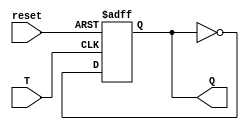
module t_ff(input T, input reset, output reg Q);
  always @ (posedge T or posedge reset)
    if (reset)
      Q <= 0;
    else
      Q <= ~Q;
endmodule